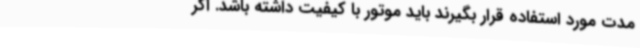
مدت مورد استفاده قرار بگیرند باید موتور با کیفیت داشته باشد. اگر